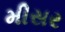
મીસર